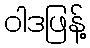
ဝါဒဖြန့်